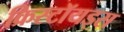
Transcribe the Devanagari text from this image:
क्रिस्टॉयड्स